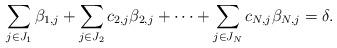
LaTeX: \begin{align*} \sum_{j \in J_1} \beta_{1,j} + \sum_{j \in J_2} c_{2,j}\beta_{2,j} + \cdots + \sum_{j \in J_N} c_{N,j}\beta_{N,j} = \delta.\end{align*}